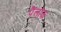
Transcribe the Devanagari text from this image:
पैलाक